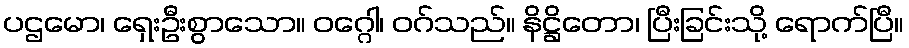
ပဌမော၊ ရှေးဦးစွာသော။ ဝဂ္ဂေါ၊ ဝဂ်သည်။ နိဋ္ဌိတော၊ ပြီးခြင်းသို့ ရောက်ပြီ။